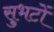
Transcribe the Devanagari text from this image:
सुभटों